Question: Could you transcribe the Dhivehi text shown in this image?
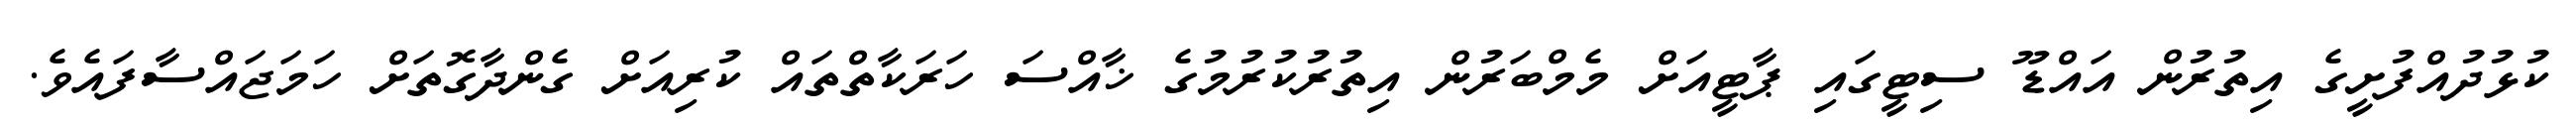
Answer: ކުޅުދުއްފުށީގެ އިތުރުން އައްޑޫ ސިޓީގައި ޕާޓީއަށް މެމްބަރުން އިތުރުކުރުމުގެ ޚާއްސަ ހަރަކާތްތައް ކުރިއަށް ގެންދާގޮތަށް ހަމަޖައްސާފައެވެ.